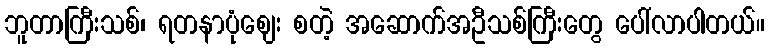
ဘူတာကြီးသစ်၊ ရတနာပုံဈေး စတဲ့ အဆောက်အဦသစ်ကြီးတွေ ပေါ်လာပါတယ်။